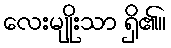
လေးမျိုးသာ ရှိ၏။